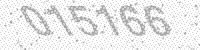
Solution: 015166